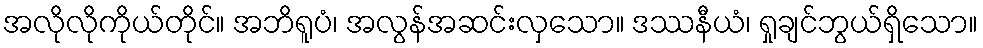
အလိုလိုကိုယ်တိုင်။ အဘိရူပံ၊ အလွန်အဆင်းလှသော။ ဒဿနီယံ၊ ရှုချင်ဘွယ်ရှိသော။